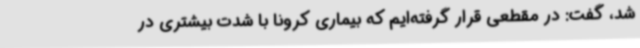
شد، گفت: در مقطعی قرار گرفته‌ایم که بیماری کرونا با شدت بیشتری در